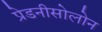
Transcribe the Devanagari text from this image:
प्रेडनीसोलोन